Indian journal of veterinary science and animal husbandry - Volume 3,
Year: 1933
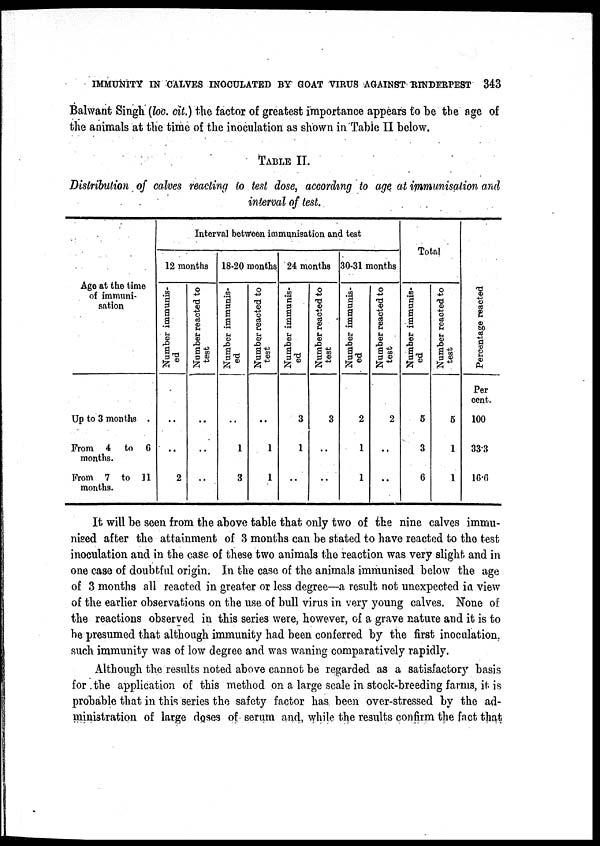
IMMUNITY IN CALVES INOCULATED BY GOAT VIRUS AGAINST RINDERPEST 343
Balwant Singh (loc. cit.) the factor of greatest importance appears to be the age of
the animals at the time of the inoculation as shown in Table II below.
TABLE II.
Distribution of calves reacting to test dose, according to age at immunisation and
interval of test.
Age at the time
of immuni-
sation
Up to 3 months .
From 4
to 6
months.
From 7 to 11
months.
Interval between immunisation and test
12 months
Number immunis-
ed
..
..
2
Number reacted to
test
..
..
..
18-20 months
Number immunis-
ed
..
1
3
Number reacted to
test
..
1
1
24 months
Number immunis-
ed
3
1
..
Number reacted to
test
3
..
..
30-31 months
Number immunis-
ed
2
1
1
Number reacted to
test
2
..
..
Total
Number immunis-
ed
5
3
6
Number reacted to
test
6
1
1
Percentage reacted
Per
cent .
100
33.3
16.6
It will be seen from the above table that only two of the nine calves immu-
nised after the attainment of 3 months can be stated to have reacted to the test
inoculation and in the case of these two animals the reaction was very slight and in
one case of doubtful origin. In the case of the animals immunised below the age
of 3 months all reacted in greater or less degree—a result not unexpected in view
of the earlier observations on the use of bull virus in very young calves. None of
the reactions observed in this series were, however, of a grave nature and it is to
be presumed that although immunity had been conferred by the first inoculation,
such immunity was of low degree and was waning comparatively rapidly.
Although the results noted above cannot be regarded as a satisfactory basis
for the application of this method on a large scale in stock-breeding farms, it is
probable that in this series the safety factor has been over-stressed by the ad-
ministration of large doses of serum and, while the results confirm the fact that